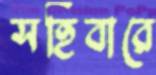
সহিবারে